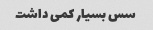
سس بسیار کمی داشت